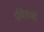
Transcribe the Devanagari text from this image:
प्रचित्रणों